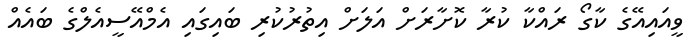
ވީއައިއޭގެ ކާގޯ ރައްކާ ކުރާ ކޮށާރަށް އަލަށް އިތުރުކުރި ބައިގައި އެމްއޭސީއެލްގެ ބައެއް